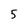
Character: 5